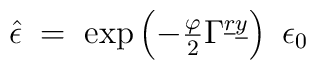
\hat{\epsilon} \;=\; \exp\left(                           -\textstyle{\frac{\varphi}{2}} \Gamma^{\underline{r}\underline{y}}                    \right)\ \epsilon_{0}